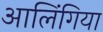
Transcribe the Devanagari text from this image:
आलिंगिया